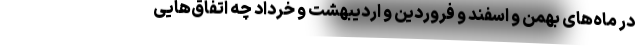
در ماه‌های بهمن و اسفند و فروردین و اردیبهشت و خرداد چه اتفاق‌هایی